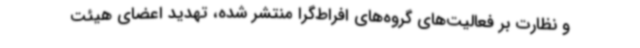
و نظارت بر فعالیت‌های گروه‌های افراط‌گرا منتشر شده، تهدید اعضای هیئت